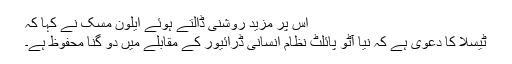
اس پر مزید روشنی ڈالتے ہوئے ایلون مُسک نے کہا کہ
ٹیسلا کا دعوی ہے کہ نیا آٹو پائلٹ نظام انسانی ڈرائیور کے مقابلے میں دو گنا محفوظ ہے۔